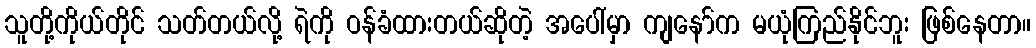
သူတို့ကိုယ်တိုင် သတ်တယ်လို့ ရဲကို ဝန်ခံထားတယ်ဆိုတဲ့ အပေါ်မှာ ကျနော်က မယုံကြည်နိုင်ဘူး ဖြစ်နေတာ။